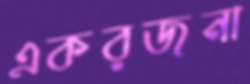
একরজনা